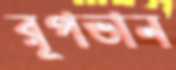
রূপভান